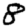
Digit: 8